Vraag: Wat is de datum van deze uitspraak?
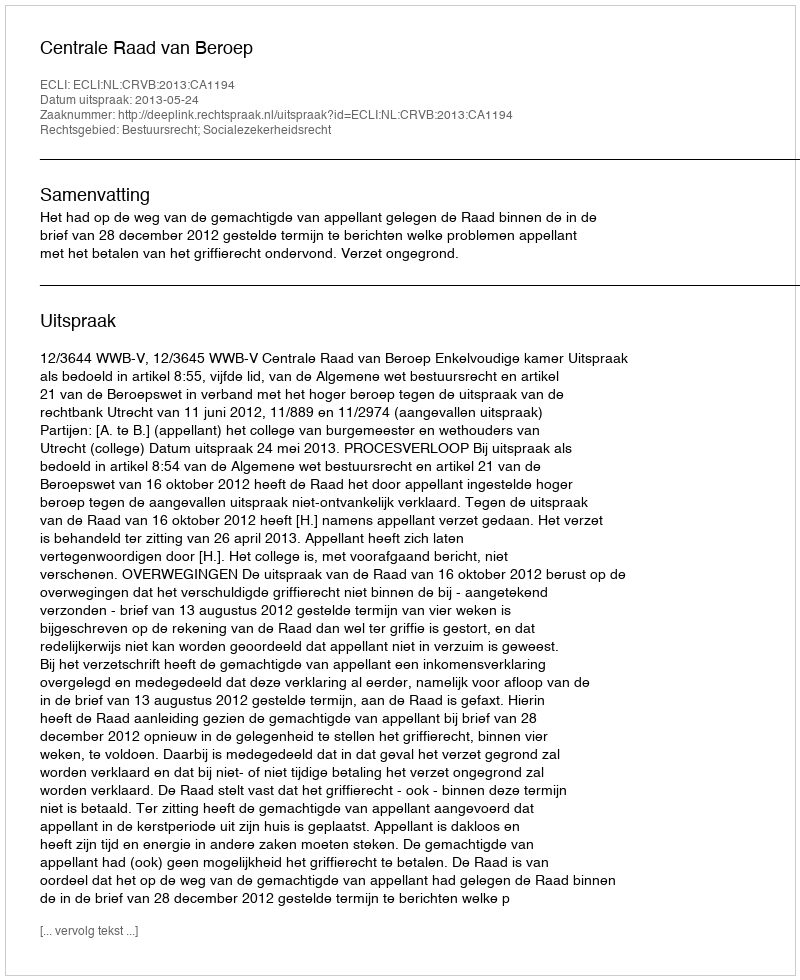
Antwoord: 2013-05-24